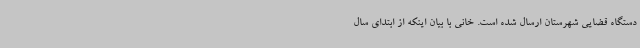
دستگاه قضایی شهرستان ارسال شده است. خانی با بیان اینکه از ابتدای سال